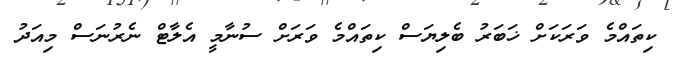
ކިތައްމެ ވަރަކަށް ޚަބަރު ބެލިޔަސް ކިތައްމެ ވަރަށް ސުނާމީ އެލާޓް ނެރުނަސް މިއަދު